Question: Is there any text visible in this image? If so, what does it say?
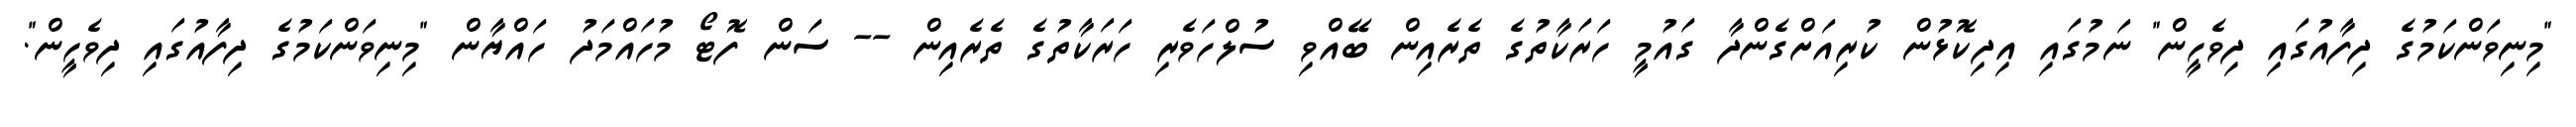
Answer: "މިނިވަންކަމުގެ ދިފާއުގައި ދިވެހީން" ނަމުގައި އިދިކޮޅުން ކުރިއަށްގެންދާ ގައުމީ ހަރަކާތުގެ ތެރެއިން ބޭއްވި ސުލްހަވެރި ހަރަކާތުގެ ތެރެއިން -- ސަން ފޮޓޯ މުހައްމަދު ހައްޔާން "މިނިވަންކަމުގެ ދިފާއުގައި ދިވެހީން".